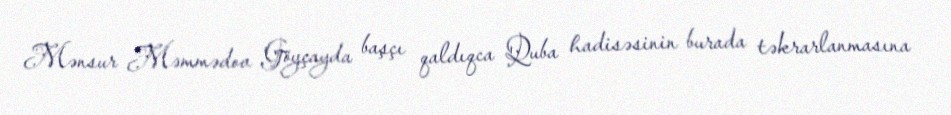
Mənsur Məmmədov Göyçayda başçı qaldıqca Quba hadisəsinin burada təkrarlanmasına